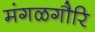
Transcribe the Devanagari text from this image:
मंगळगौरि